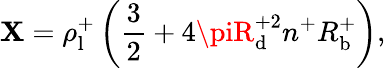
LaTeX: \mathbf{X}=\rho_{\mathrm{{l}}}^{+}\left(\frac{{3}}{{2}}+4\piR_{\mathrm{{d}}}^{+2}n^{+}R_{\mathrm{{b}}}^{+}\right),